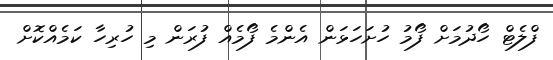
ފްލެޓް ހޯދުމަށް ފޯމު ހުށަހަޅަން އެންމެ ފޯމެއް ފުރަން މި ހުރިހާ ކަމެއްކޮށް